Lunatic asylums Punjab 1895-1910 - 1895-1910
Year: 1895
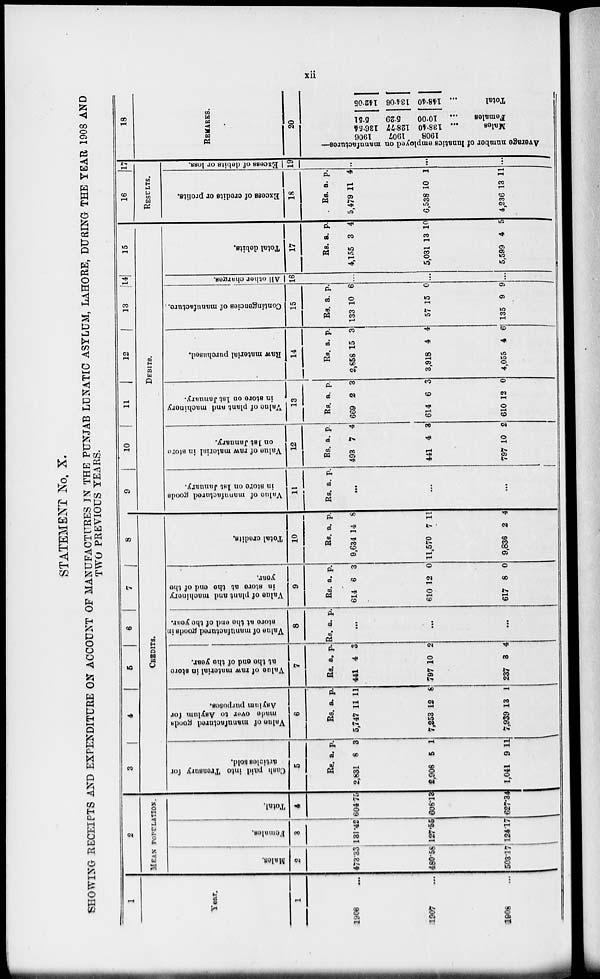
xii
STATEMENT No. X.
SHOWING RECEIPTS AND EXPENDITURE ON ACCOUNT OF MANUFACTURES IN THE PUNJAB LUNATIC ASYLUM, LAHORE, DURING THE YEAR 1908 AND
TWO PREVIOUS YEARS.
1
Year.
1
1906 ...
1907 ...
1908 ...
2
MEAN POPULATION.
Males.
2
Females.
3
473.33
480.58
503.17
131.42
127.55
124.17
Total.
4
604.75
608.13
627.34
3
4
5
6
7
8
CREDITS.
Cash paid into Treasury for
articles sold.
5
Rs.
2,831
2,908
1,041
a.
8
5
9
p.
3
1
11
Value of manufactured goods
made
over to Asylum for
Asylum purposes.
6
Rs.
5,747
7,253
7,939
a.
11
12
13
p.
11
8
1
Value of raw material in store
at the end of the year.
7
Rs.
441
797
237
a.
4
10
3
p.
3
2
4
Value of manufactured goods in
store at the end of the year.
8
Rs. a. p.
...
...
...
Value of plant and machinery
in store at the and of the
year.
9
Rs.
614
610
617
a.
6
12
8
p.
3
0
0
Total credits.
10
Rs.
9,634
11,570
9,836
a.
14
7
2
p.
8
11
4
9
10
11
12
13
14
15
DEBIT8.
Value
of manufactured goods
in store on 1st January.
11
Rs. a. p.
...
...
...
Value of raw material in store
on
1 st January.
12
Rs.
493
441
797
a.
7
4
10
p.
4
3
2
Value
of plant and machinery
in store on 1st January.
13
Rs.
669
614
610
a.
2
6
12
p.
3
3
0
Raw material purchased.
14
Rs.
2,858
3,918
4,055
a.
15
4
4
p.
3
4
6
Contingencies of manufacture..
15
Rs.
133
57
135
a.
10
15
9
p.
6
0
9
All other charges.
16
...
...
...
Total debits.
17
Rs.
4,155
5,031
5,599
a.
3
13
4
p.
4
10
5
16
17
RESULTS.
Excess
of credits or profits.
18
Rs.
5,479
6,538
4,236
a.
11
10
13
p.
4
1
11
Excess of debits or loss.
19
...
...
...
18
REMARKS.
20
Average number of lunatics employed on manufactures—
1908
1907
1906
Males
... 138.40
128.77
136.54
Females ...
10.00
5.29
5.51
Total
... 148.40
134.06 142.05